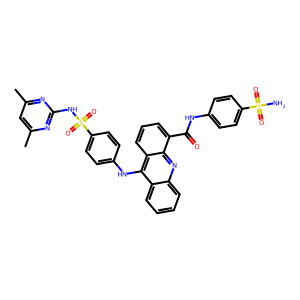
SMILES: Cc1cc(C)nc(NS(=O)(=O)c2ccc(Nc3c4ccccc4nc4c(C(=O)Nc5ccc(S(N)(=O)=O)cc5)cccc34)cc2)n1
Inhibits HIV replication: No